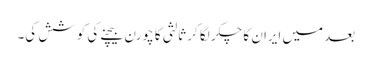
بعد میں ایران کا چکر لگا کر ثالثی کا چورن بیچنے کی کوشش کی۔